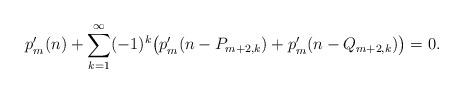
LaTeX: \begin{align*} p'_m(n) + \sum_{k=1}^\infty (-1)^k \big( p'_m(n-P_{m+2,k})+p'_m(n-Q_{m+2,k})\big) &= 0.\end{align*}